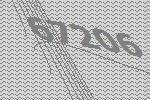
67206